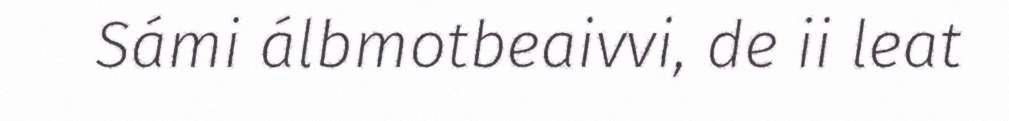
Sámi álbmotbeaivvi, de ii leat